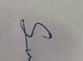
Signature authenticity: genuine